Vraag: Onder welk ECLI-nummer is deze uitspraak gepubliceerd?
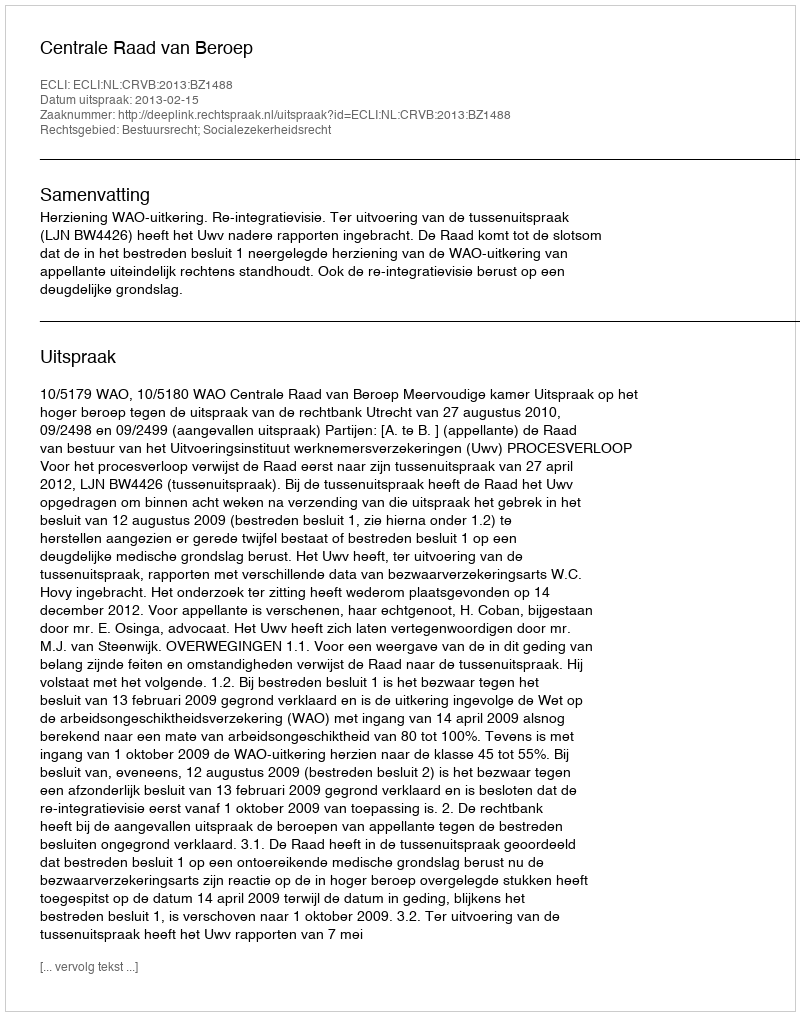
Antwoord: ECLI:NL:CRVB:2013:BZ1488